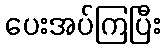
ပေးအပ်ကြပြီး